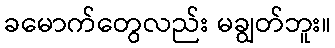
ခမောက်တွေလည်း မချွတ်ဘူး။